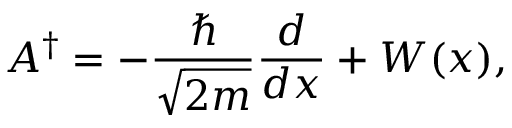
A ^ { \dagger } = - { \frac { \hbar } { \sqrt { 2 m } } } { \frac { d } { d x } } + W ( x ) ,